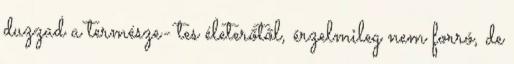
duzzad a természe- tes életerőtől, érzelmileg nem forró, de